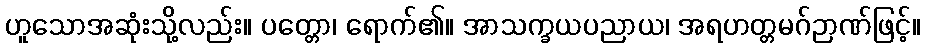
ဟူသောအဆုံးသို့လည်း။ ပတ္တော၊ ရောက်၏။ အာသက္ခယပညာယ၊ အရဟတ္တမဂ်ဉာဏ်ဖြင့်။